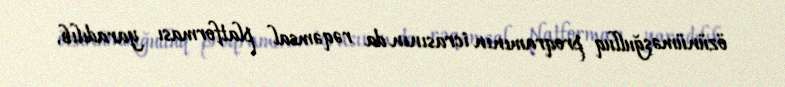
özünüməşğulluq proqramının icrasının da rəqəmsal platforması yaradılıb.